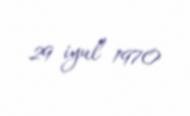
29 iyul 1970